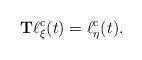
LaTeX: \begin{align*}{\bf T}\ell_\xi^{\rm c}(t)=\ell_\eta^{\rm c}(t).\end{align*}